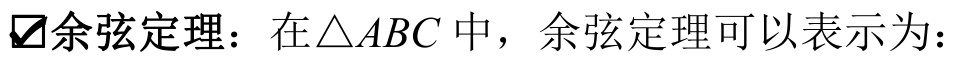
📌余弦定理：在\(\triangle ABC\)中，余弦定理可以表示为：